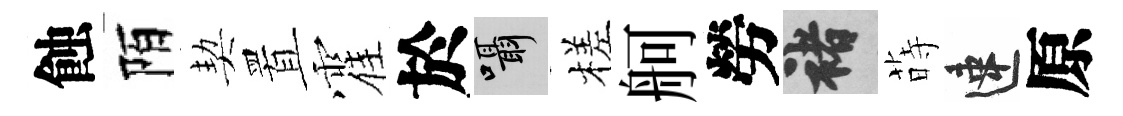
蝕陌契置霍於囁槎舸勞褚蒔速原